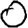
Digit: 0